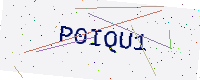
Text: P0IQU1